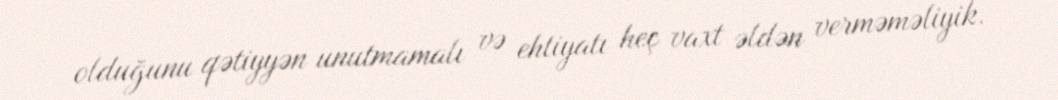
olduğunu qətiyyən unutmamalı və ehtiyatı heç vaxt əldən verməməliyik.